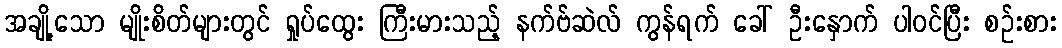
အချို့သော မျိုးစိတ်များတွင် ရှုပ်ထွေး ကြီးမားသည့် နက်ဗ်ဆဲလ် ကွန်ရက် ခေါ် ဦးနှောက် ပါဝင်ပြီး စဉ်းစား